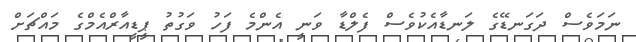
ނަމަވެސް ދަގަނޑޭގެ ލަނޑާއެކުވެސް ފެލްޑާ ވަނީ އެންމެ ފަހު ވަގުތު ޕީޑީއާރްއެމްގެ މައްޗަށް